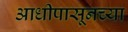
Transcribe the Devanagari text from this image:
आधीपासूनच्या